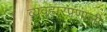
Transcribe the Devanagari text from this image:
व्यवहारप्रणाली